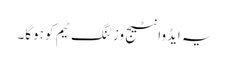
یہ ایڈوانٹیج وزٹنگ ٹیم کو ہوگا۔